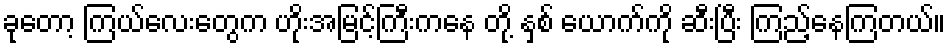
ခုတော့ ကြယ်လေးတွေက ဟိုးအမြင့်ကြီးကနေ တို့ နှစ် ယောက်ကို ဆီးပြီး ကြည့်နေကြတယ်။